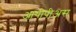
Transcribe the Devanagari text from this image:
आयीपीअस